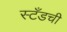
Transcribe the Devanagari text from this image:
स्टँडची